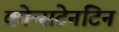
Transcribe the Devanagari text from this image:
कोन्सटेनटिन